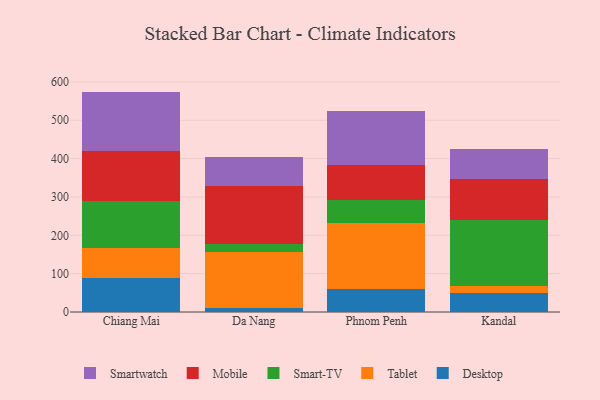
{"axis": {"x": "City", "y": "Operating Costs (USD K)"}, "legend": ["Desktop", "Mobile", "Smart-TV", "Smartwatch", "Tablet"], "data": [{"x": "Chiang Mai", "y": 88.1, "type": "Desktop"}, {"x": "Chiang Mai", "y": 78.8, "type": "Tablet"}, {"x": "Chiang Mai", "y": 122.5, "type": "Smart-TV"}, {"x": "Chiang Mai", "y": 129.5, "type": "Mobile"}, {"x": "Chiang Mai", "y": 155.9, "type": "Smartwatch"}, {"x": "Da Nang", "y": 9.5, "type": "Desktop"}, {"x": "Da Nang", "y": 146.6, "type": "Tablet"}, {"x": "Da Nang", "y": 21.2, "type": "Smart-TV"}, {"x": "Da Nang", "y": 152.4, "type": "Mobile"}, {"x": "Da Nang", "y": 75.7, "type": "Smartwatch"}, {"x": "Phnom Penh", "y": 58.7, "type": "Desktop"}, {"x": "Phnom Penh", "y": 173.1, "type": "Tablet"}, {"x": "Phnom Penh", "y": 61.1, "type": "Smart-TV"}, {"x": "Phnom Penh", "y": 90.2, "type": "Mobile"}, {"x": "Phnom Penh", "y": 140.9, "type": "Smartwatch"}, {"x": "Kandal", "y": 49.0, "type": "Desktop"}, {"x": "Kandal", "y": 18.5, "type": "Tablet"}, {"x": "Kandal", "y": 173.1, "type": "Smart-TV"}, {"x": "Kandal", "y": 107.4, "type": "Mobile"}, {"x": "Kandal", "y": 76.9, "type": "Smartwatch"}]}